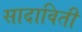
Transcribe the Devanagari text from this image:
सादाविती